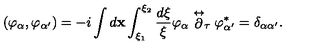
\left( \varphi _ { \alpha } , \varphi _ { \alpha ^ { \prime } } \right) = - i \int d { \mathbf x } \int _ { \xi _ { 1 } } ^ { \xi _ { 2 } } \frac { d \xi } { \xi } \varphi _ { \alpha } \stackrel { \leftrightarrow } { \partial } _ { \tau } \varphi _ { \alpha ^ { \prime } } ^ { * } = \delta _ { \alpha \alpha ^ { \prime } } .